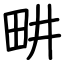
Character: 畊